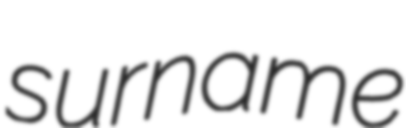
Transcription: surname